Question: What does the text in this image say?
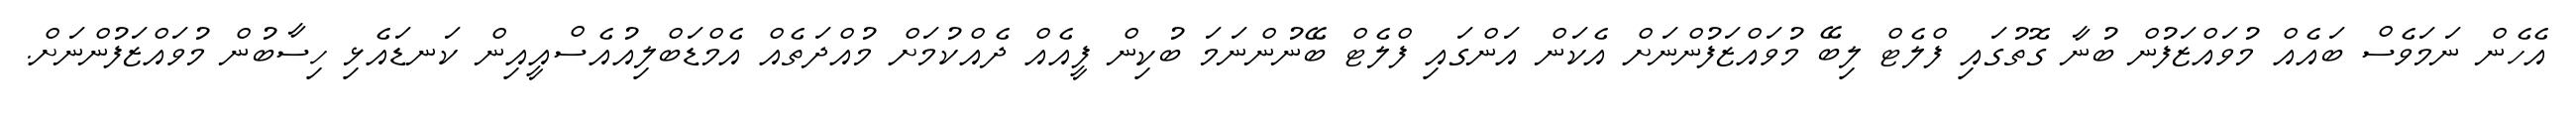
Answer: އެހެން ނަމަވެސް ބައެއް މުވައްޒަފުން ބުނާ ގޮތުގައި ފްލެޓް ލިބޭ މުވައްޒަފުންނަށް އެކަން އަންގައި ފްލެޓް ބޭނުންނަމަ ބުކިން ފީއެއް ދެއްކުމަށް މުއްދަތެއް އެމްޑަބްލިއުއެސްއީއިން ކަނޑައެޅި ހިސާބުން މުވައްޒަފުންނަށް.